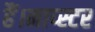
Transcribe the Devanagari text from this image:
हैं।नाप्स्टर